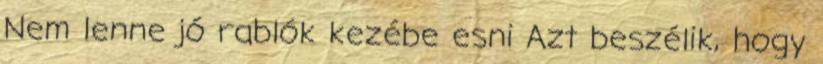
Nem lenne jó rablók kezébe esni Azt beszélik, hogy